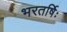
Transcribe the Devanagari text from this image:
भरतर्षिः